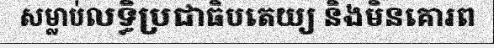
សម្លាប់លទ្ធិប្រជាធិបតេយ្យ និងមិនគោរព